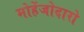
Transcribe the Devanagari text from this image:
मोहेंजोदारो